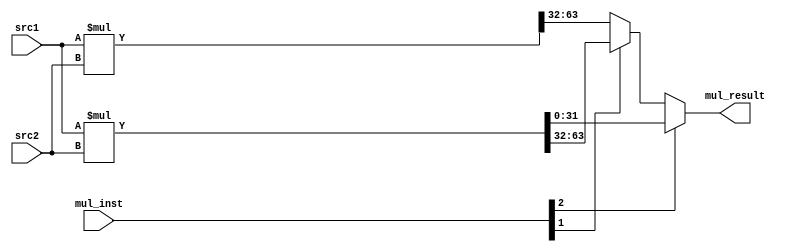
module multiplier(
    input   [31:0]  src1,
    input   [31:0]  src2,
    input   [ 2:0]  mul_inst,   // 1:mul.w 2:mulh.w 3:mulh.wu
    output  [31:0]  mul_result
);

wire [63:0] unsigned_prod, signed_prod;

assign unsigned_prod = src1 * src2;
assign   signed_prod = $signed(src1) * $signed(src2);
    
assign mul_result = mul_inst[2] ? signed_prod[31: 0] :
                    mul_inst[1] ? signed_prod[63:32] :
                                unsigned_prod[63:32];

endmodule